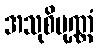
အသုစိပုဏ္ဏံ